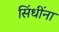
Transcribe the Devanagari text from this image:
सिंधींना